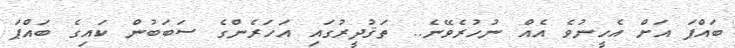
ބައްޕަ އަށް އެހީނުވެ އެއް ނުހުރެވޭނެ.. ތަޤުދީރުގައި އަހަރެންގެ ސަބަބުން ކައިގެ ބައްޕަ